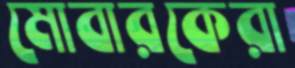
মোবারকেরা